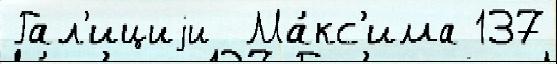
Гал'ициjи  Ма́кс'има 137